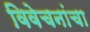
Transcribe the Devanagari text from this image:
विवेचनांचा